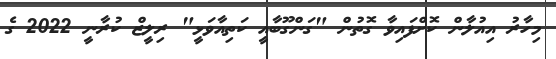
މިހާރު އިއުލާން ކޮށްފައިވާ ގޮތުން "ގަންގޫބާއީ ކަތިއާވަޅީ" ރިލީޒް ކުރާނީ 2022 ގެ